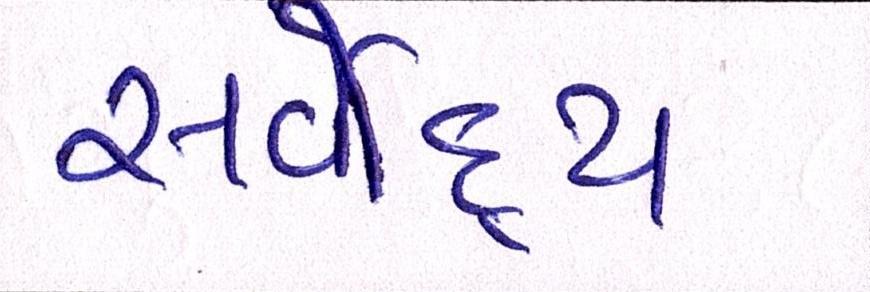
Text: સર્વોદય